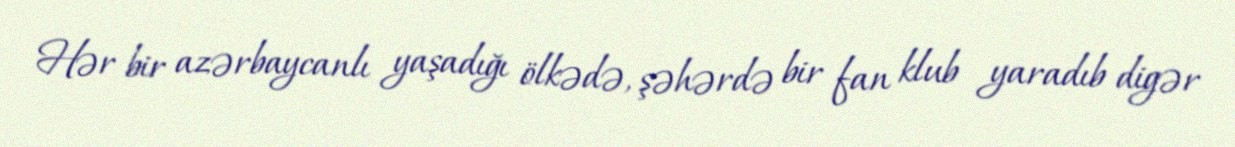
Hər bir azərbaycanlı yaşadığı ölkədə, şəhərdə bir fan klub yaradıb digər